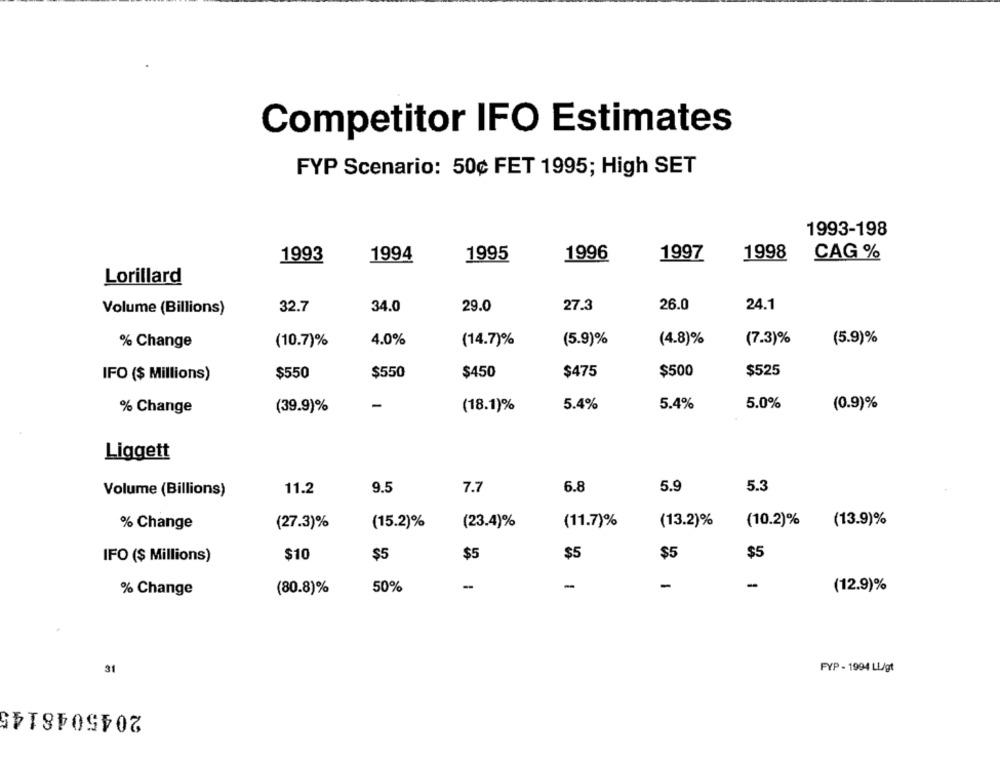
Competitor IFO Estimates
FYP Scenario: 50¢ FET 1995; High SET
1993-198
1993
1994
1995
1996
1997
1998
CAG %
Lorillard
Volume (Billions)
32.7
34.0
29.0
27.3
26.0
24.1
% Change
(10.7)%
4.0%
(14.7)%
(5.9)%
(4.8)%
(7.3)%
(5.9)%
$550
$550
$450
$475
$500
$525
IFO ($ Millions)
5.0%
% Change
(39.9)%
-
(18.1)%
5.4%
5.4%
(0.9)%
Liggett
5.9
5.3
Volume (Billions)
11.2
9.5
7.7
6.8
% Change
(27.3)%
(15.2)%
(23.4)%
(11.7)%
(13.2)%
(10.2)%
(13.9)%
$10
$5
$5
$5
IFO ($ Millions)
$5
$5
-
-
% Change
(80.8)%
50%
(12.9)%
31
FYP - 1994 LL/gt
2045048145